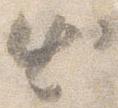
出